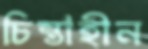
চিন্তাহীন